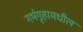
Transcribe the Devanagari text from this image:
गर्भगृहामधील